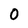
Character: 0